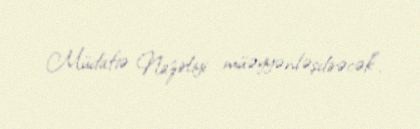
Müdafiə Nazirliyi müəyyənləşdirəcək".